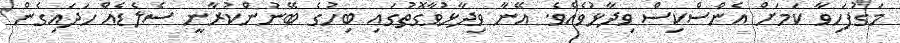
މަގުފަހިވާ ކަމަށް އެންސްކިސް ވިދާޅުވެއެވެ. އޭނާ ވިދާޅުވާގޮތުގައި ބިހުގެ ބޭނުންކުރާނީ ސެލެޑެއް ހަދައިގެން